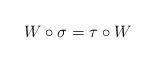
LaTeX: \begin{align*}W \circ \sigma = \tau \circ W\end{align*}